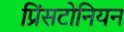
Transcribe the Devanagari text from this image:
प्रिंसटोनियन